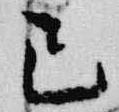
已